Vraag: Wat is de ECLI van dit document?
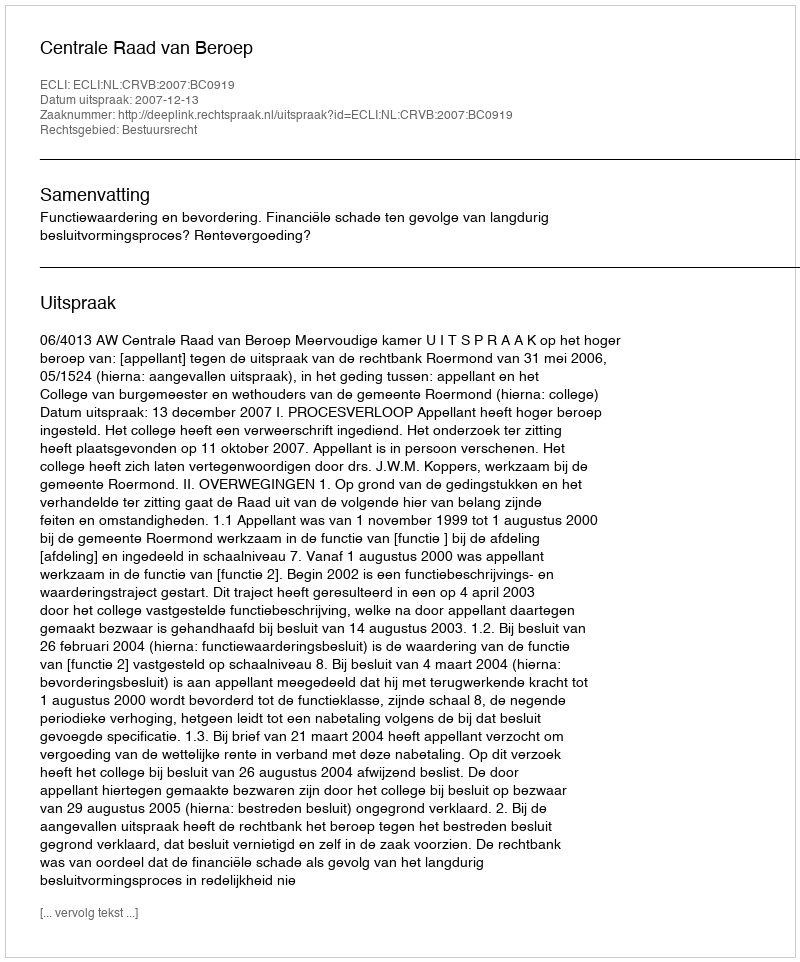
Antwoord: ECLI:NL:CRVB:2007:BC0919